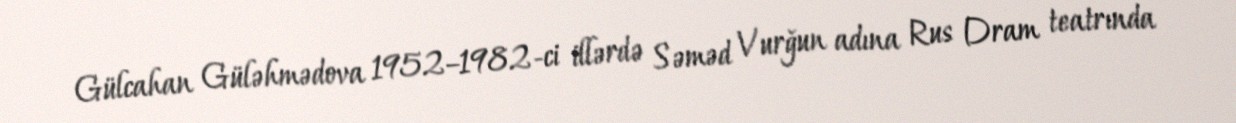
Gülcahan Güləhmədova 1952–1982-ci illərdə Səməd Vurğun adına Rus Dram teatrında